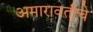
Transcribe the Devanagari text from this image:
अमारावतीचे